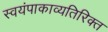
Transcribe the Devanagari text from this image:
स्वयंपाकाव्यतिरिक्त